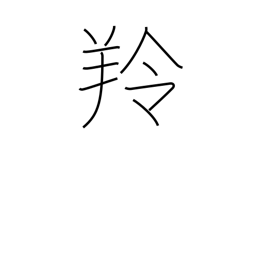
Meaning: antelope